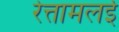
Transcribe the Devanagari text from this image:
रेत्तामलई